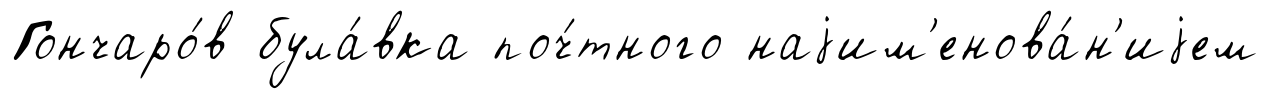
Гончаро́в була́вка поч́тного наjим'енова́н'иjем